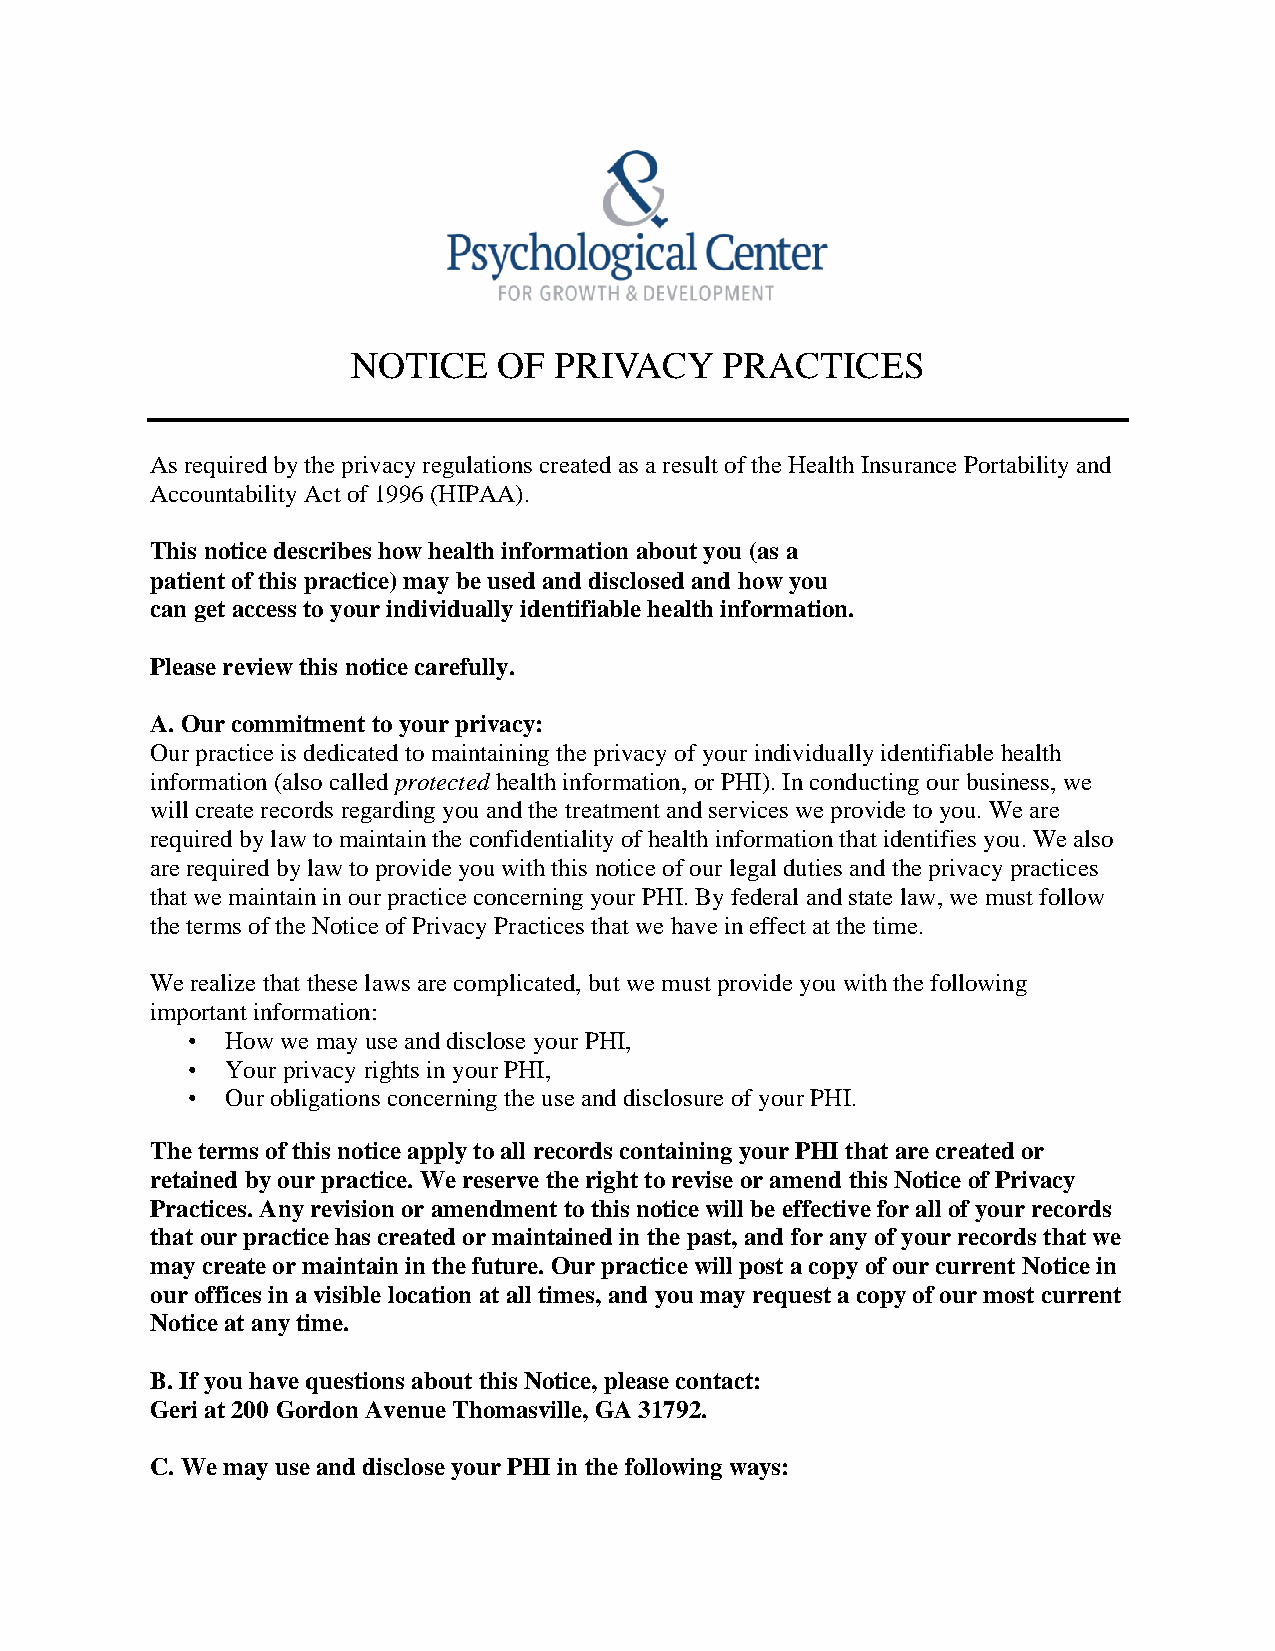
NOTICE    OF  PRIVACY    PRACTICES
 As required by the privacy regulations created as a result of the Health Insurance Portability and
 Accountability Act of 1996 (HIPAA).
 This notice describes how health information about you (as a
 patient of this practice) may be used and disclosed and how you
 can get access to your individually identifiable health information.
 Please review this notice carefully.
 A. Our commitment to your privacy:
 Our practice is dedicated to maintaining the privacy of your individually identifiable health
 information (also called protected health information, or PHI). In conducting our business, we
 will create records regarding you and the treatment and services we provide to you. We are
 required by law to maintain the confidentiality of health information that identifies you. We also
 are required by law to provide you with this notice of our legal duties and the privacy practices
 that we maintain in our practice concerning your PHI. By federal and state law, we must follow
 the terms of the Notice of Privacy Practices that we have in effect at the time.
 We realize that these laws are complicated, but we must provide you with the following
 important information:
 •  How we may use and disclose your PHI,
 •  Your privacy rights in your PHI,
 •  Our obligations concerning the use and disclosure of your PHI.
 The terms of this notice apply to all records containing your PHI that are created or
 retained by our practice. We reserve the right to revise or amend this Notice of Privacy
 Practices. Any revision or amendment to this notice will be effective for all of your records
 that our practice has created or maintained in the past, and for any of your records that we
 may create or maintain in the future. Our practice will post a copy of our current Notice in
 our offices in a visible location at all times, and you may request a copy of our most current
 Notice at any time.
 B. If you have questions about this Notice, please contact:
 Geri at 200 Gordon Avenue Thomasville, GA 31792.
 C. We may use and disclose your PHI in the following ways: